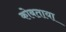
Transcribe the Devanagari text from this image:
कोबताया